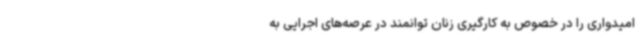
امیدواری را در خصوص به کارگیری زنان توانمند در عرصه‌های اجرایی به